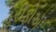
હરીફોએ